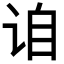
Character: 𬣰